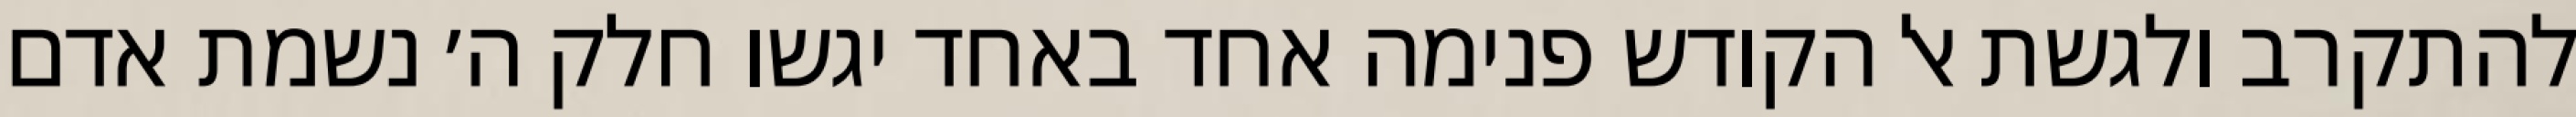
להתקרב ולגשת אל הקודש פנימה אחד באחד יגשו חלק ה׳ נשמת אדם